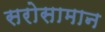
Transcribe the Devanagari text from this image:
सरोसामान